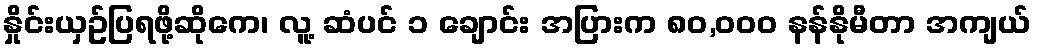
နှိုင်းယှဥ်ပြရဖို့ဆိုကေ၊ လူ့ ဆံပင် ၁ ချောင်း အပြားက ၈၀,၀၀၀ နန်နိုမီတာ အကျယ်